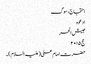
احتجاج، سوگ
ادعوہ
جیش الحر
حج ۲۰۱۵
حضرت امام علی (علیہ السلام)۔